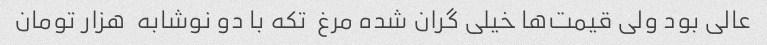
عالی بود ولی قیمت‌ها خیلی گران شده مرغ  تکه با دو نوشابه  هزار تومان